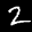
Label: 2